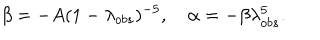
\beta = - A ( 1 - \lambda _ { o b s } ) ^ { - 5 } , \quad \alpha = - \beta \lambda _ { o b s } ^ { 5 } .